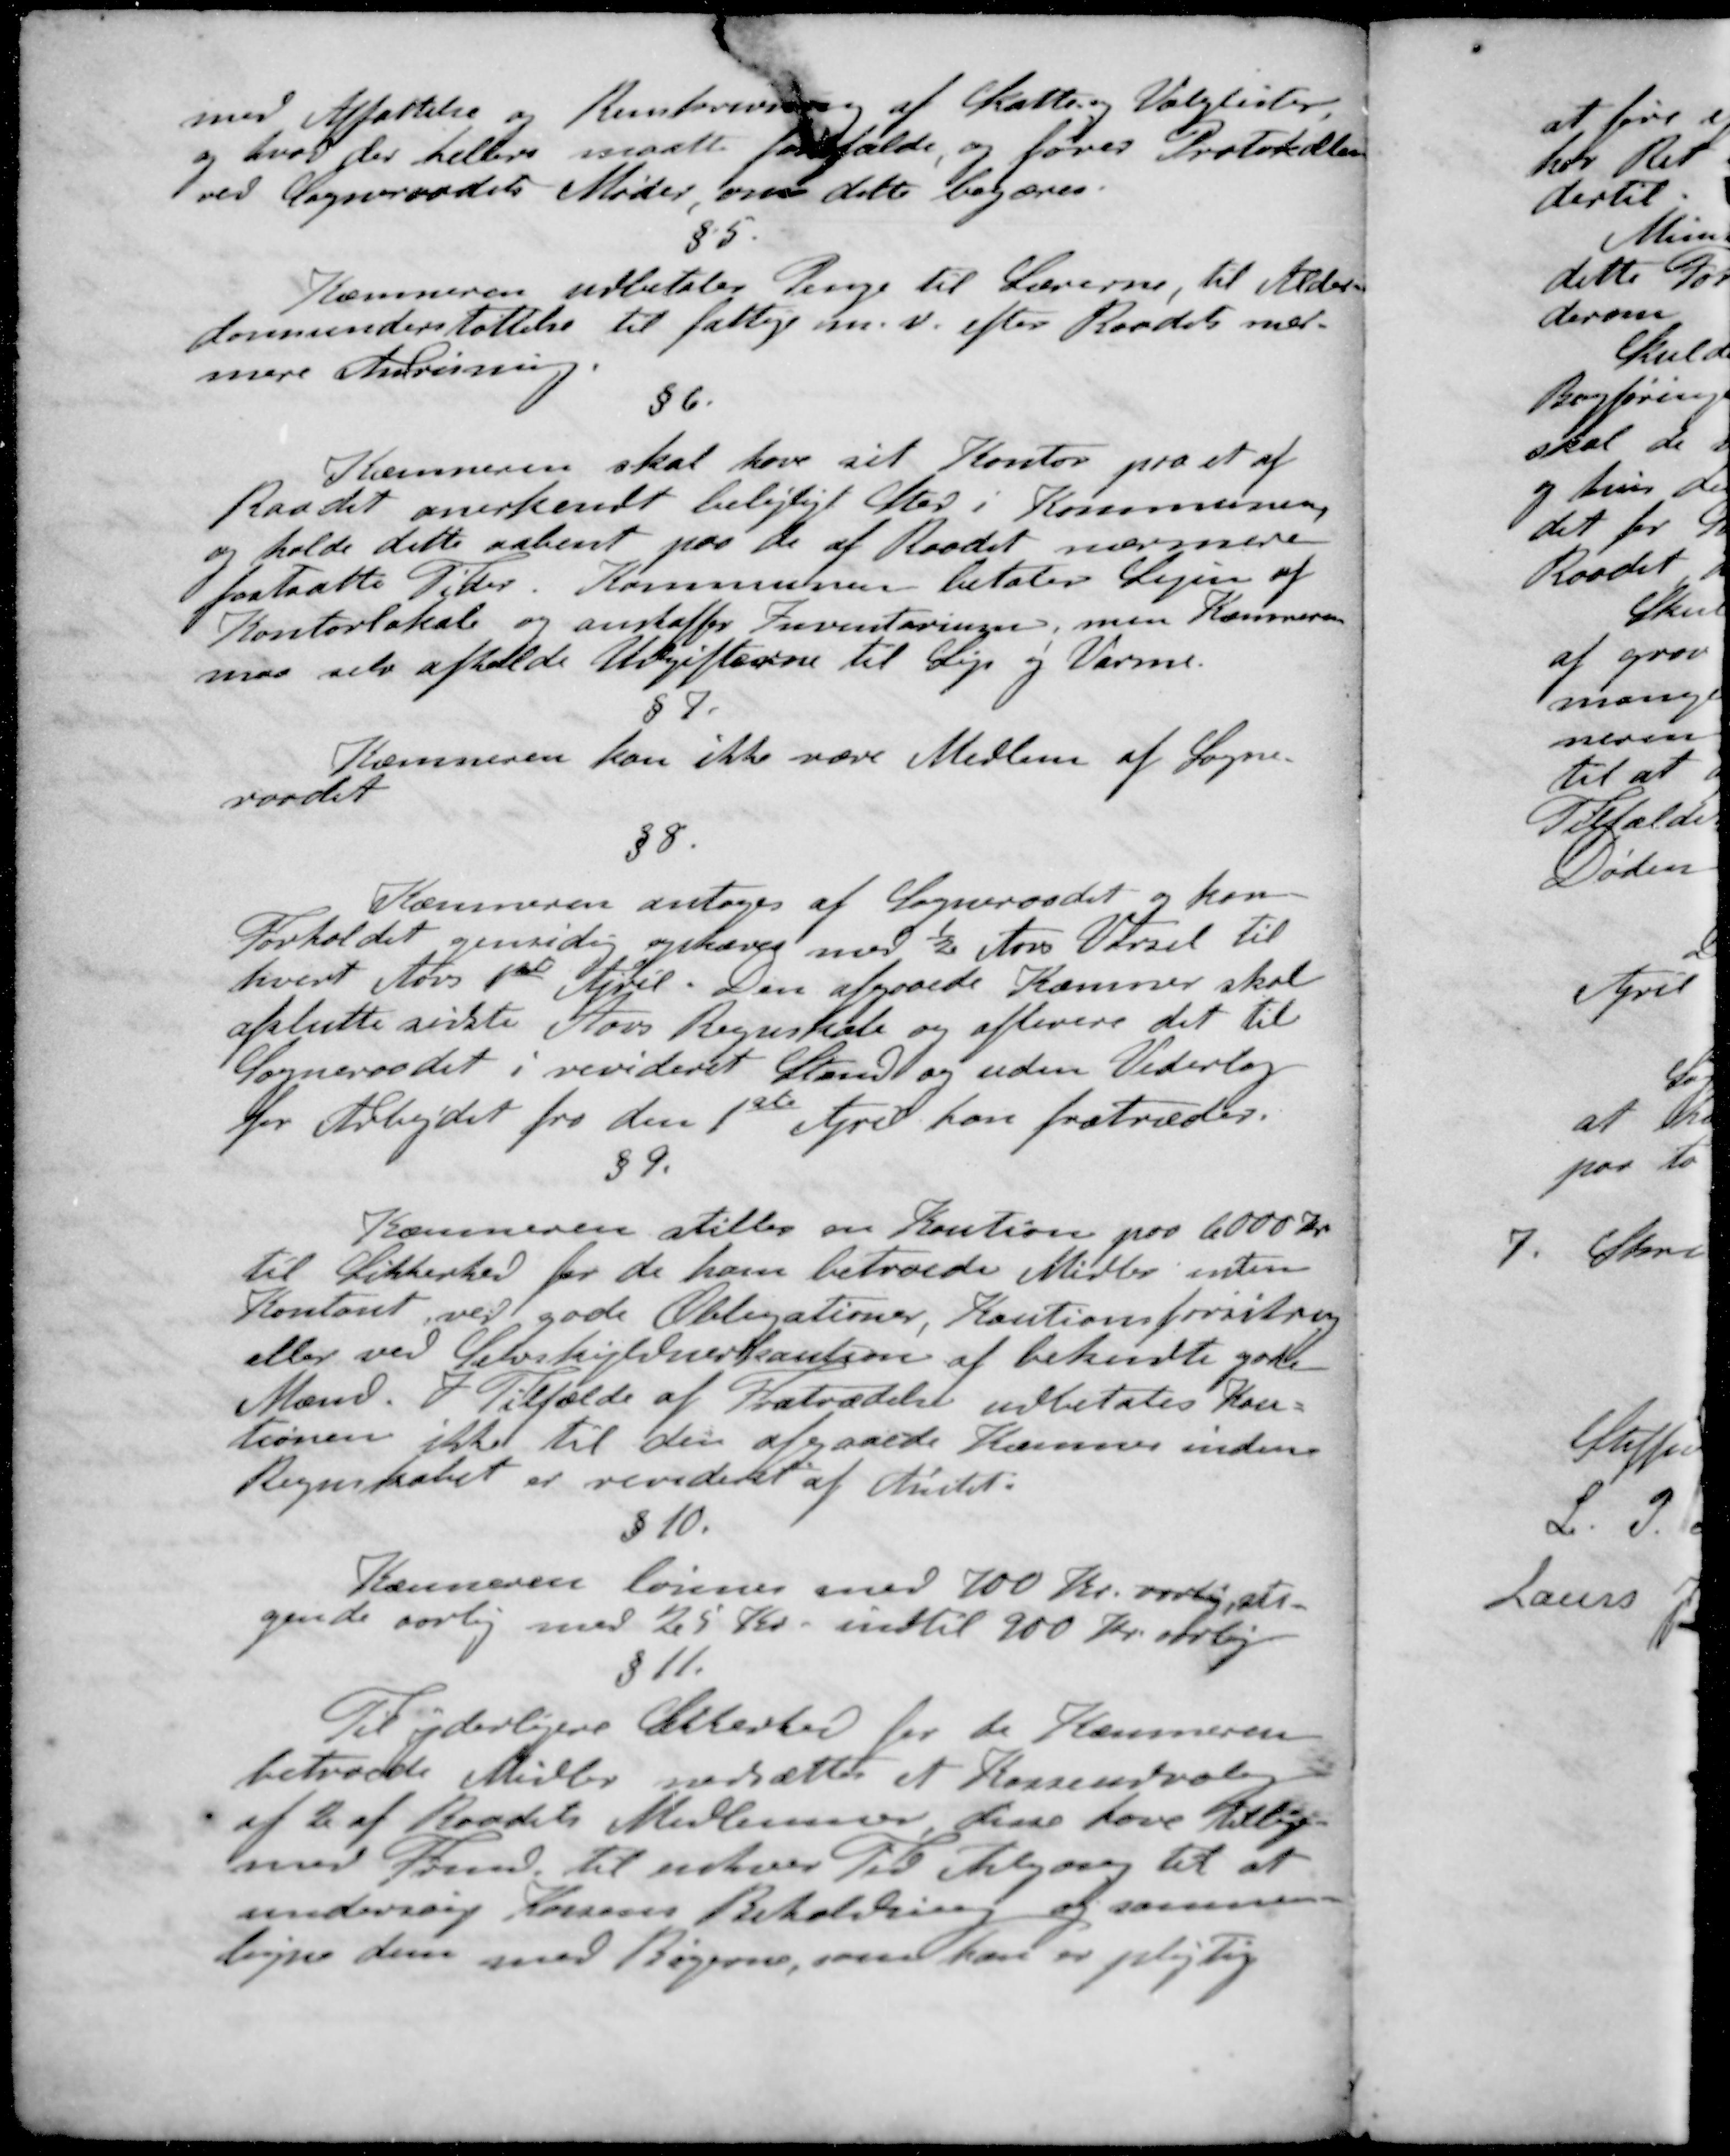
Transskription:
med Affattelse i Renskrivning af Skatte og Valglister
og hvor der hellere maatte forfalde, og føres Protokollen
ved Sogneraadets Møder om dette begæres.
§5
Kæmneren udbetaler Penge til Lærerne, til Alder-
dommenderstøttelse til fattige m. v. efter Raadets nær-
mere Anvisning.
§6.
Kæmneren skal have sit Kontor paa et af
Raadet anerkendt belejligt Sted i Kommunen
og holde dette aabent paa de af Raadet nærmere
fastsætte Tider Kommunen betaler Lejen af
Kontorlokale og anskaffer Inventaringen, men Kæmneren
maa selv afholde Udgifterne til Leje og Varme.
§7
Kæmneren kan ikke være Medlem af Sogne-
raadet
§8.
Kæmneren antages at Sogneraadet og kan
Forholdet gensidig ophæves med ½ Aars Varsel til
hvert Aars 1ste April. Den afgaaede Kæmner skal
afslutte sidste Aars Regnskab og aflevere det til
Sogneraadet i revideret Stand og uden Vederlag
for Arbejdet fra den 1ste April han fratræder
§9
Kæmneren stilles en Kaution paa 6000 Kr.
til Sikkerhed for de ham betroede Midler enten
Kontant ved gode Obligationer, Kautionsforsikring
eller ved Selvskyldnerkaution af bekendte gode
Mænd. I Tilfælde af Fratrædelse udbetales Kau-
tionen ikke til den afgaaede Kæmner inden
Regnskabet er revideret af Amtet
§10.
Kænneren lønnes med 100 Kr. aarlig sti-
gende aarlig med 25 Kr. indtil 900 Kr. aarlig
§11.
Til yderligere Sikkerhed for de Kæmneren
betroede Midler nedsættes et Kasseudvalg
af 2 af Raadets Medlemmer, disse have tillige-
med Formd. til enhver Tid Adgang til at
undersørge Kassens Beholdning og sammen-
ligne dem med Bøgerne, som han er pligtig